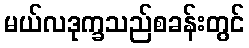
မယ်လဒုက္ခသည်စခန်းတွင်